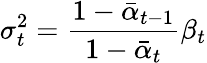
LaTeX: \sigma_{t}^{2}=\frac{1-\bar{\alpha}_{t-1}}{1-\bar{\alpha}_{t}}\beta_{t}